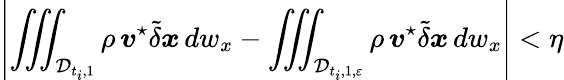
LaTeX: \left|\iiint_{{\mathcal D}_{t_{i},1}}\rho\, {\boldsymbol v}^{\star}\tilde{\delta}\boldsymbol{x}\, dw_{x}-\iiint_{{\mathcal D}_{t_{i},1,\varepsilon}}\rho\, {\boldsymbol v}^{\star}\tilde{\delta}\boldsymbol{x}\, dw_{x}\right|<\eta